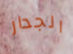
الجدار